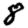
Digit: 8